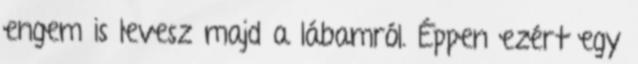
engem is levesz majd a lábamról. Éppen ezért egy